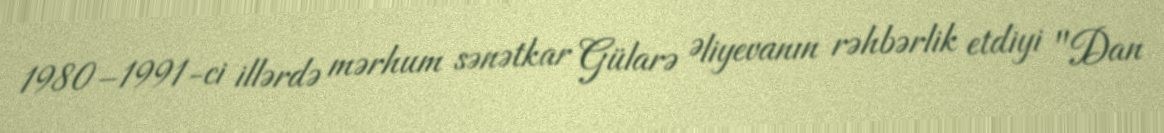
1980–1991-ci illərdə mərhum sənətkar Gülarə Əliyevanın rəhbərlik etdiyi "Dan